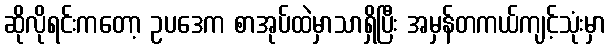
ဆိုလိုရင်းကတော့ ဥပဒေက စာအုပ်ထဲမှာသာရှိပြီး အမှန်တကယ်ကျင့်သုံးမှာ